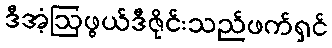
ဒီအံ့ဩဖွယ်ဒီဇိုင်းသည်ဖက်ရှင်